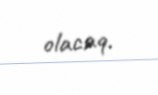
olacaq.